Indian journal of veterinary science and animal husbandry - Volumes 15-17, 1948-1951
Year: 1948
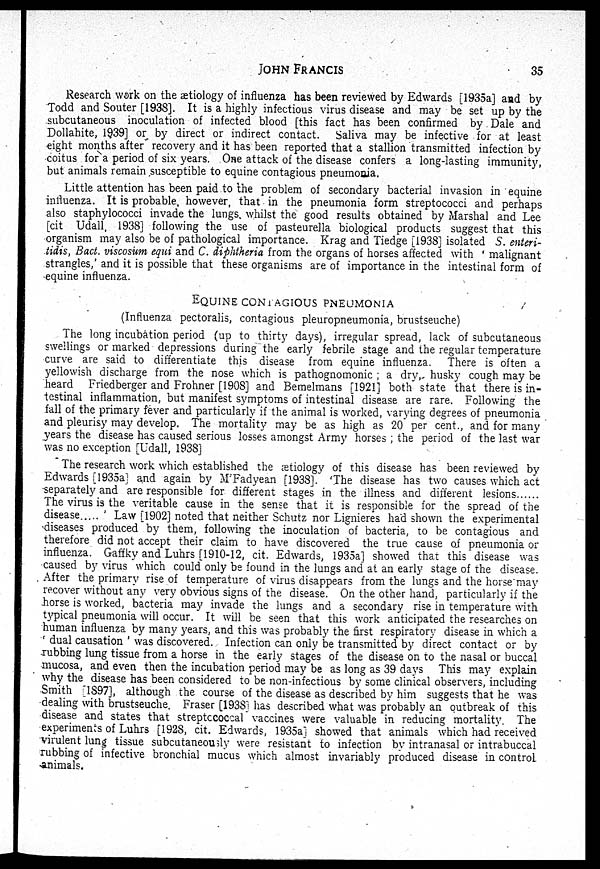
JOHN
FRANCIS
35
Research work on the aetiology of influenza has been reviewed by Edwards [1935a] and by
Todd and Souter [1938]. It is a highly infectious virus disease and may be set up by the
subcutaneous inoculation of infected blood [this fact has been confirmed by Dale and
Dollahite, 1939] or by direct or indirect contact. Saliva may be infective for at least
eight months after recovery and it has been reported that a stallion transmitted infection by
coitus for a period of six years. One attack of the disease confers a long-lasting immunity,
but animals remain susceptible to equine contagious pneumonia.
Little attention has been paid to the problem of secondary bacterial invasion in equine
influenza. It is probable, however, that in the pneumonia form streptococci and perhaps
also staphylococci invade the lungs, whilst the good results obtained by Marshal and Lee
[cit Udall, 1938] following the use of pasteurella biological products suggest that this
organism may also be of pathological importance. Krag and Tiedge [1938] isolated S. enteri¬
tidis, Bact. viscosum equi and C. diphtheria from the organs of horses affected with ' malignant
strangles,' and it is possible that these organisms are of importance in the intestinal form of
equine influenza.
EQUINE
CONTAGIOUS
PNEUMONIA
(Influenza pectoralis, contagious pleuropneumonia, brustseuche)
The long incubation period (up to thirty days), irregular spread, lack of subcutaneous
swellings or marked depressions during the early febrile stage and the regular temperature
curve are said to differentiate this disease from equine influenza. There is often a
yellowish discharge from the nose which is pathognomonic ; a dry, husky cough may be
heard Friedberger and Frohner [1908] and Bemelmans [1921] both state that there is in-
testinal inflammation, but manifest symptoms of intestinal disease are rare. Following the
fall of the primary fever and particularly if the animal is worked, varying degrees of pneumonia
and pleurisy may develop. The mortality may be as high as 20 per cent., and for many
years the disease has caused serious losses amongst Army horses ; the period of the last war
was no exception [Udall, 1938]
The research work which established the ætiology of this disease has been reviewed by
Edwards [1935a] and again by M'Fadyean [1938]. 'The disease has two causes which act
separately and are responsible for different stages in the illness and different lesions
The virus is the veritable cause in the sense that it is responsible for the spread of the
disease
' Law [1902] noted that neither Schutz nor Lignieres had shown the experimental
diseases produced by them, following the inoculation of bacteria, to be contagious and
therefore did not accept their claim to have discovered the true cause of pneumonia or
influenza. Gaffky and Luhrs [1910-12, cit. Edwards, 1935a] showed that this disease was
caused by virus which could only be found in the lungs and at an early stage of the disease.
After the primary rise of temperature of virus disappears from the lungs and the horse may
recover without any very obvious signs of the disease. On the other hand, particularly if the
horse is worked, bacteria may invade the lungs and a secondary rise in temperature with
typical pneumonia will occur. It will be seen that this work anticipated the researches on
human influenza by many years, and this was probably the first respiratory disease in which a
' dual causation ' was discovered. Infection can only be transmitted by direct contact or by
rubbing lung tissue from a horse in the early stages of the disease on to the nasal or buccal
mucosa, and even then the incubation period may be as long as 39 days This may explain
why the disease has been considered to be non-infectious by some clinical observers, including
Smith [1897], although the course of the disease as described by him suggests that he was
dealing with brustseuche. Fraser [1938] has described what was probably an outbreak of this
disease and states that streptococcal vaccines were valuable in reducing mortality. The
experiments of Luhrs [1928, cit. Edwards, 1935a] showed that animals which had received
virulent lung tissue subcutaneously were resistant to infection by intranasal or intrabuccal
rubbing of infective bronchial mucus which almost invariably produced disease in control
animals.